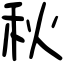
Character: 秋